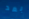
بعد